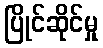
ပြိုင်ဆိုင်မှု